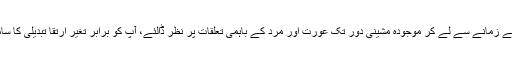
پتھر اور دھات کے زمانے سے لے کر موجودہ مشینی دور تک عورت اور مرد کے باہمی تعلقات پر نظر ڈالئے، آپ کو برابر تغیر ارتقا تبدیلی کا سامنا کرنا پڑے گا۔